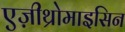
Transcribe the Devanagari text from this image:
एज़ीथ्रोमाइसिन